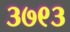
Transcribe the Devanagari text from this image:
३७९३